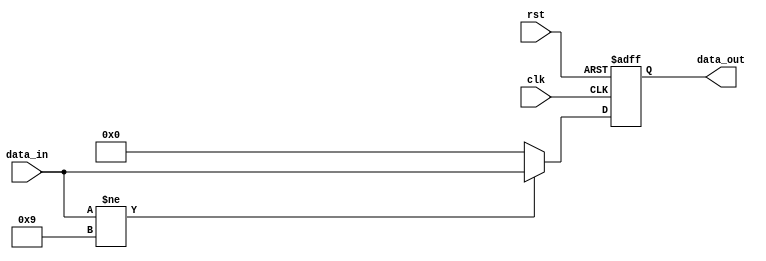
`timescale 1ns / 1ps
//////////////////////////////////////////////////////////////////////////////////
// Company: 
// Engineer: 
// 
// Design Name: 
// Module Name:    PC 
// Project Name: 
// Target Devices: 
// Tool versions: 
// Description: 
//
// Dependencies: 
//
// Revision: 
// Revision 0.01 - File Created
// Additional Comments: 
//
//////////////////////////////////////////////////////////////////////////////////
module PC(clk, rst, data_in, data_out);
	input wire clk, rst;
	input wire[31:0] data_in;
	output reg[31:0] data_out;
initial data_out = 32'h0000;
	always @ (posedge clk or posedge rst)
	begin
		if (rst)
			data_out = 32'h0000;
		else begin
			if (data_in != 9)
				data_out = data_in;
			else begin
				data_out = 0;
			end	
		end
	end
endmodule